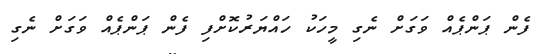
ފެން ޕަންޕެއް ވަގަށް ނެގި މީހަކު ހައްޔަރުކޮށްފި ފެން ޕަންޕެއް ވަގަށް ނެގި